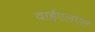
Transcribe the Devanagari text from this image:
वाईएलएल